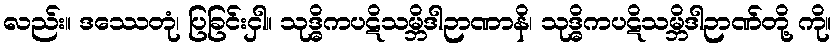
လည်း။ ဒဿေတုံ၊ ပြခြင်းငှါ။ သုဒ္ဓိကပဋိသမ္ဘိဒါဉာဏာနိ၊ သုဒ္ဓိကပဋိသမ္ဘိဒါဉာဏ်တို့ ကို။